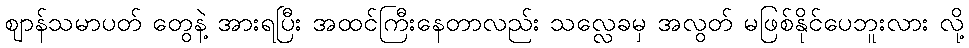
ဈာန်သမာပတ် တွေနဲ့ အားရပြီး အထင်ကြီးနေတာလည်း သလ္လေခမှ အလွတ် မဖြစ်နိုင်ပေဘူးလား လို့